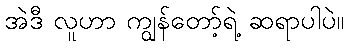
အဲဒီ လူဟာ ကျွန်တော့်ရဲ့ ဆရာပါပဲ။